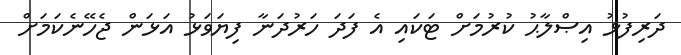
ދަރިފުޅު އިޞްލާޙު ކުރުމަށް ޓަކައި އެ ފަދަ ހަރުދަނާ ފިޔަވަޅު އަޅަން ޖެހޭނެކަމަށް